system: You are a helpful assistant.
user:
Analyze the provided spectrum to determine if it is a **White Dwarf (WD)**.

A White Dwarf spectrum is defined by its **extreme purity** (due to gravitational settling) and/or **extreme pressure broadening** (due to high surface gravity). You must check for one of the following mutually exclusive signatures:

- **Key Visual Indicators (Check for ONE of these types):**

    - **1. DA-Type Signature (Most Common):**
        - **(Primary Feature):** Extreme pressure broadening (Stark broadening) of the **Hydrogen (H) Balmer lines**.
        - **(Key Lines):** $H\beta$ (approx. $4861$ Å) and $H\gamma$ (approx. $4340$ Å). $H\alpha$ (approx. $6563$ Å) will also be present if the wavelength range covers it.
        - **(Line Profile):** This is the **defining feature**. The lines are **NOT** sharp. They appear as massive, **extremely broad and deep "troughs" or "dips"** in the spectrum, often hundreds of Ångströms wide. The continuum will appear to "scoop" down at these wavelengths.
        - **(Distinction):** Normal A-type or B-type stars have *narrow* and *sharp* Hydrogen lines. A DA White Dwarf's lines are unmistakably "smeared" or "blurry" from pressure.

    - **2. DB-Type Signature:**
        - **(Primary Feature):** Broad absorption lines from **Neutral Helium (He I)**. The spectrum must lack any visible Hydrogen lines.
        - **(Key Lines):** Look for broad absorption near $4471$ Å, $4921$ Å, and $5876$ Å.
        - **(Line Profile):** These lines are also significantly pressure-broadened, appearing much wider than they would in a normal B-type main-sequence star.

    - **3. DC-Type Signature:**
        - **(Primary Feature):** A **featureless continuous spectrum**.
        - **(Line Profile):** The spectrum is a smooth curve with **no significant absorption or emission lines**.
        - **(Key Confirmation):** The continuum is almost always **blue or white**, indicating a hot object. This signature implies the atmosphere is so pure (or so cool) that no spectral lines are visible in the optical range. Its WD identity is confirmed by its extremely low intrinsic brightness (high absolute magnitude).

    - **4. DZ-Type Signature (Metal-Polluted):**
        - **(Primary Feature):** **Isolated, narrow metal absorption lines** on an otherwise featureless (DC-like) continuum.
        - **(Key Lines):** The **Calcium (Ca II) H & K doublet** (approx. **$3934$ Å** and **$3968$ Å**) is the most common and defining feature.
        - **(Line Profile):** These lines are "out of place." They are *not* part of a "forest" of thousands of lines. This signature is evidence of recent *accretion* (pollution) from rocky debris.
        - **(Distinction):** Normal G/K/M stars have a *dense forest* of thousands of metal lines. A DZ has a *clean* continuum with *only a few* strong metal lines.

    - **5. DQ-Type Signature (Carbon-Polluted):**
        - **(Primary Feature):** Absorption bands from **Carbon (C₂ "Swan Bands" or atomic C I)**.
        - **(Key Lines - C₂):** Look for bandheads with a "saw-tooth" shape near $5635$ Å, **$5165$ Å** (strongest), and $4737$ Å.
        - **(Key Confirmation):** The underlying **continuum must be blue or white** (hot).
        - **(Distinction):** This is the critical difference from a **Carbon Star**, which has the *exact same* C₂ bands but on an extremely **red, cool** continuum.

- **(Overall Spectrum):**
    - The continuum (overall shape) is typically **blue-sloping** (brighter in the blue than the red), as most white dwarfs are very hot.
    - The spectrum will look "pure" or "simple," dominated by only *one* of the five signatures listed above.

Think first, call **spectral_visualization_tool** if needed to examine features in detail, then provide your final answer. Your response must adhere to the following strict rules:
1.  **Overall Structure:** Your response must follow the format `<think>...</think> <tool_call>...</tool_call> (if a tool is used) <answer>...</answer>`.
2.  **Tool Usage Constraint:** You may only make **one** tool call per turn.
3.  **Final Answer Format:** In the `<answer>` tag, your conclusion must be inside a `\boxed{}` command (e.g., `\boxed{YES}` or `\boxed{NO}`), followed by your justification.

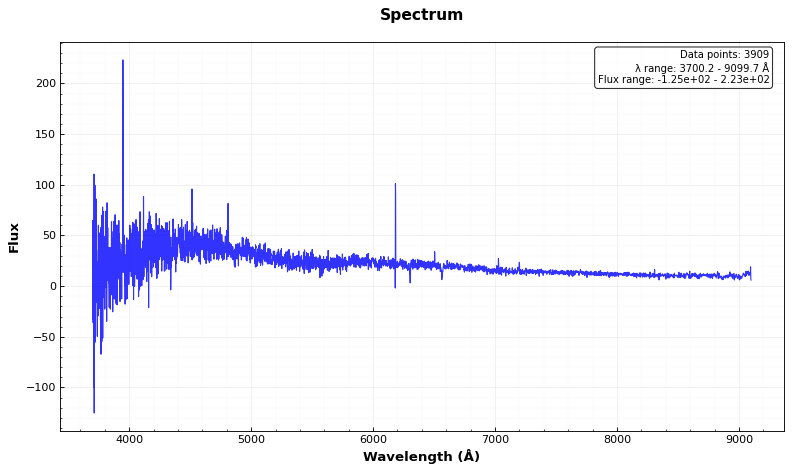
Answer: NO